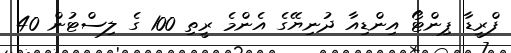
ފްރީޑާ ޕިންޓޯ އިންޑިއާ ދުނިޔޭގެ އެންމެ ރީތި 100 ގެ ލިސްޓުން 40